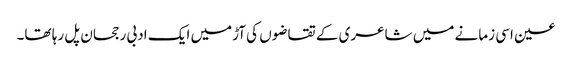
عین اسی زمانے میں شاعری کے تقاضوں کی آڑمیں ایک ادبی رجحان پل رہا تھا۔